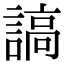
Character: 謞